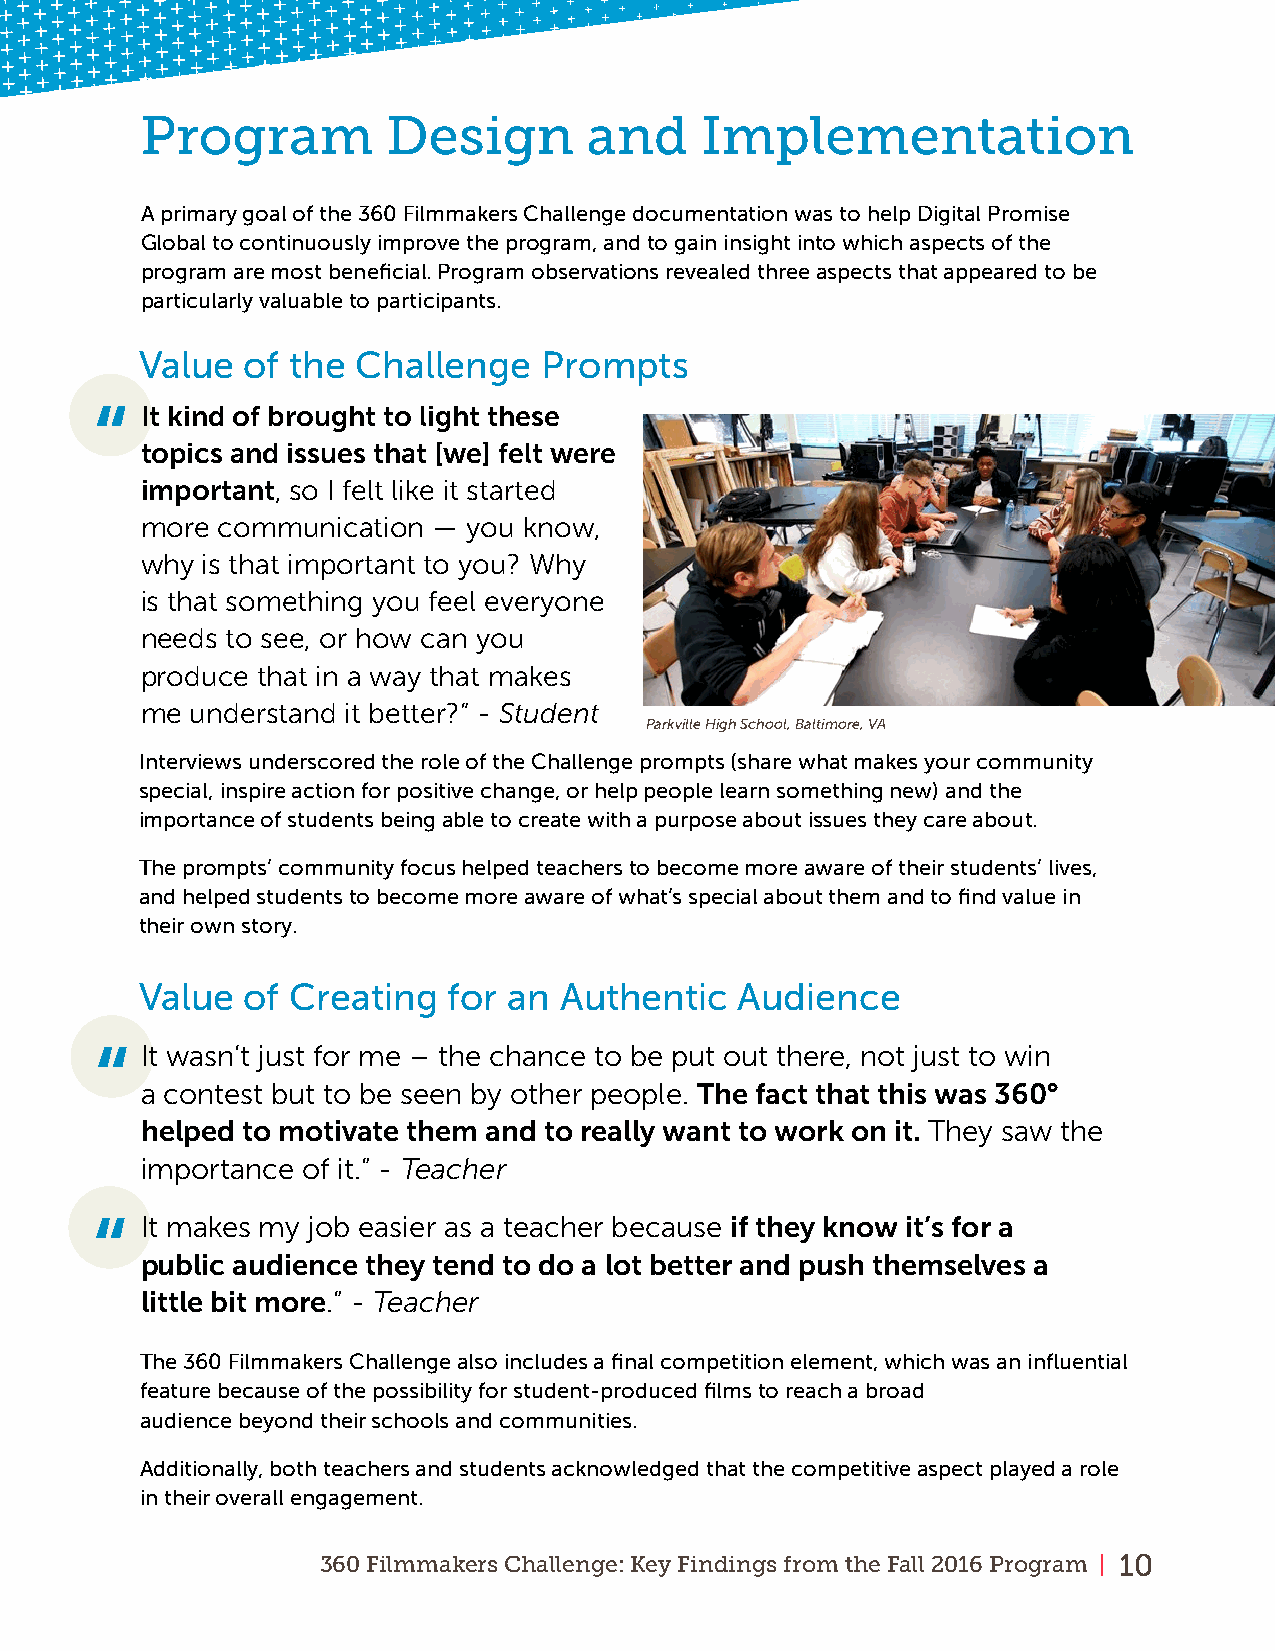
Program          Design       and    Implementation
 A primary goal of the 360 Filmmakers Challenge documentation was to help Digital Promise
 Global to continuously improve the program, and to gain insight into which aspects of the
 program are most beneficial . Program observations revealed three aspects that appeared to be
 particularly valuable to participants .
 Value  of the  Challenge   Prompts
 “  It kind of brought to light these
 topics and issues that [we] felt were
 important, so I felt like it started
 more communication  — you know,
 why is that important to you? Why
 is that something you feel everyone
 needs to see, or how can you
 produce that in a way that makes
 me  understand it better?” - Student
 Parkville High School, Baltimore, VA
 Interviews underscored the role of the Challenge prompts (share what makes your community
 special, inspire action for positive change, or help people learn something new) and the
 importance of students being able to create with a purpose about issues they care about .
 The prompts’ community focus helped teachers to become more aware of their students’ lives,
 and helped students to become more aware of what’s special about them and to find value in
 their own story .
 Value  of Creating   for an Authentic   Audience
 “  It wasn’t just for me – the chance to be put out there, not just to win
 a contest but to be seen by other people. The fact that this was 360°
 helped to motivate them and to really want to work on it. They saw the
 importance of it.” - Teacher
 “  It makes my job easier as a teacher because if they know it’s for a
 public audience they tend to do a lot better and push themselves a
 little bit more.” - Teacher
 The 360 Filmmakers Challenge also includes a final competition element, which was an influential
 feature because of the possibility for student-produced films to reach a broad
 audience beyond their schools and communities .
 Additionally, both teachers and students acknowledged that the competitive aspect played a role
 in their overall engagement .
 360 Filmmakers Challenge: Key Findings from the Fall 2016 Program | 10